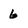
Character: 6